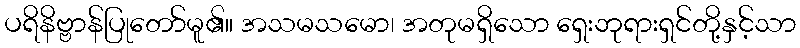
ပရိနိဗ္ဗာန်ပြုတော်မူ၏။ အသမသမော၊ အတုမရှိသော ရှေးဘုရားရှင်တို့နှင့်သာ